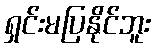
ရှင်းမပြနိုင်ဘူး